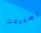
تسجيلات